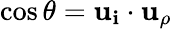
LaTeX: \cos\theta=\mathbf{u_{i}}\cdot\mathbf{u_{\rho}}